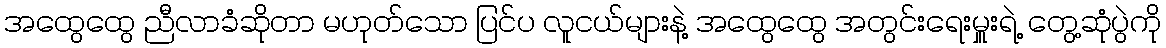
အထွေထွေ ညီလာခံဆိုတာ မဟုတ်သော ပြင်ပ လူငယ်များနဲ့ အထွေထွေ အတွင်းရေးမှူးရဲ့ တွေ့ဆုံပွဲကို